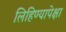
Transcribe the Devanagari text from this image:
लिहिण्यापेक्षा